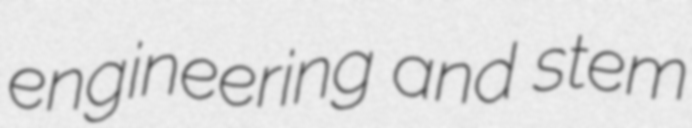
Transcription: engineering and stem